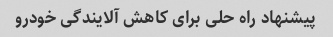
پیشنهاد راه حلی برای کاهش آلایندگی خودرو